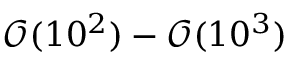
\mathcal { O } ( 1 0 ^ { 2 } ) - \mathcal { O } ( 1 0 ^ { 3 } )